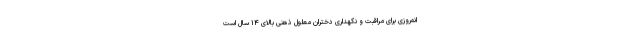
انه‌روزی برای مراقبت و نگهداری دختران معلول ذهنی بالای ۱۴ سال است